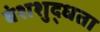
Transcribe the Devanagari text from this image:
वंशशुद्धता